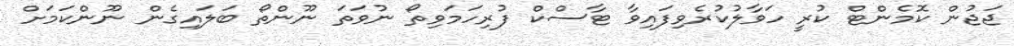
ޖަޖުން ކޮމެންޓް ކުރީ ހަވާލުކުރެވިފައިވާ ޓާސްކް ފުރިހަމަވިތޯ ނުވަތަ ނޫންތޯ ބަލައިގެން ނޫންކަމަށް